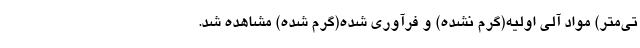
تی‌متر) مواد آلی اولیه(گرم نشده) و فرآوری شده‌(گرم شده) مشاهده شد.